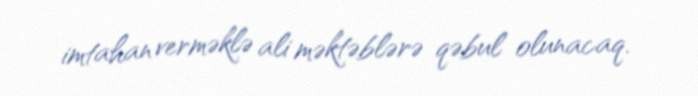
imtahan verməklə ali məktəblərə qəbul olunacaq.